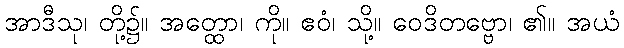
အာဒီသု၊ တို့၌။ အတ္ထော၊ ကို။ ဧဝံ၊ သို့။ ဝေဒိတဗ္ဗော၊ ၏။ အယံ